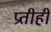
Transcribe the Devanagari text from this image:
प्रतीही